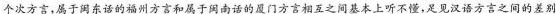
个次方言，属于闽东话的福州方言和属于南话的厦门方言相互之间基本上听不懂，足见汉语方言之间的差别